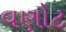
વણોટ